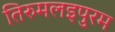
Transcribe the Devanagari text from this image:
तिरुमलइपुरम